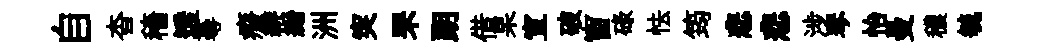
自杳穡透蕚癈緋縉洲突罘朗借杲宣破窗碌怯筠悲悲涉琴怡曼穠毓